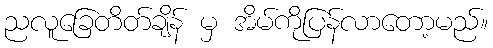
ညလူခြေတိတ်ချိန် မှ အိမ်ကိုပြန်လာတော့မည်။